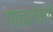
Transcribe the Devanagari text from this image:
गल्लेनी